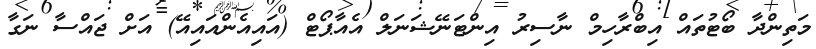
މަތިންދާ ބޯޓުތައް އިބްރާހިމް ނާސިރު އިންޓަނޭޝަނަލް އެއާޕޯޓް (އައިއެންއައިއޭ) އަށް ޖައްސާ ނަގާ